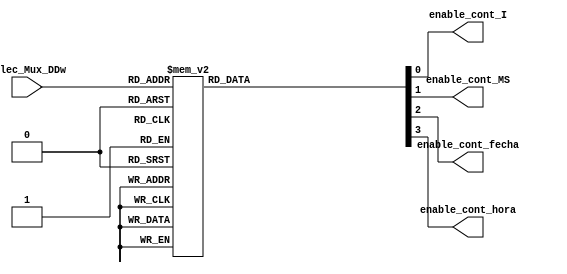
`timescale 1ns / 1ps
//////////////////////////////////////////////////////////////////////////////////
// Company: Grupo4
// Module Name: E_Bloques_Datos
//////////////////////////////////////////////////////////////////////////////////



module E_Bloques_Datos(
    // Salidas General
    output wire enable_cont_I,          // Enables para la ruta de datos, del modulo de inicializacion, fecha, hora, etc.  
    output wire enable_cont_MS,
    output wire enable_cont_fecha,
    output wire enable_cont_hora,
    
    // Entradas inter-modular (de la ruta de control)
    input wire [3:0] Selec_Mux_DDw 
    );
    
    
    
    //---INICIALIZACION/DEFINICION DE VARIABLES---
    reg enable_cont_Ir;     
    reg enable_cont_MSr;
    reg enable_cont_fechar;
    reg enable_cont_horar;  
    assign enable_cont_I = enable_cont_Ir; 
    assign enable_cont_MS = enable_cont_MSr;
    assign enable_cont_fecha = enable_cont_fechar;
    assign enable_cont_hora = enable_cont_horar;
    
    
    
    //---LOGICA DE LOS ENABLES DE LOS BLOQUES DE DATOS---
    always @(*)
    begin
        case (Selec_Mux_DDw)                    // Dependiendo del valor de la seleccion del mux, o sea dependiendo
            4'b0000:                            // de lo que se quiera sacar (segundos de la hora por ejemplo) se
            begin                               // analiza que bloque se debe estar activado (modulo de hora por ejemplo)
                enable_cont_Ir = 1'b1; 
                enable_cont_MSr = 1'b0;
                enable_cont_fechar = 1'b0;
                enable_cont_horar = 1'b0;
            end
            4'b0001:
            begin
                enable_cont_Ir = 1'b0; 
                enable_cont_MSr = 1'b1;
                enable_cont_fechar = 1'b0;
                enable_cont_horar = 1'b0;
            end
            4'b0010:
            begin
                enable_cont_Ir = 1'b0; 
                enable_cont_MSr = 1'b0;
                enable_cont_fechar = 1'b0;
                enable_cont_horar = 1'b0;
            end
            4'b0011:
            begin
                enable_cont_Ir = 1'b0; 
                enable_cont_MSr = 1'b0;
                enable_cont_fechar = 1'b1;
                enable_cont_horar = 1'b0;
            end
            4'b0100:
            begin
                enable_cont_Ir = 1'b0; 
                enable_cont_MSr = 1'b0;
                enable_cont_fechar = 1'b1;
                enable_cont_horar = 1'b0;
            end
            4'b0101:
            begin
                enable_cont_Ir = 1'b0; 
                enable_cont_MSr = 1'b0;
                enable_cont_fechar = 1'b1;
                enable_cont_horar = 1'b0;
            end
            4'b0110:
            begin
                enable_cont_Ir = 1'b0; 
                enable_cont_MSr = 1'b0;
                enable_cont_fechar = 1'b0;
                enable_cont_horar = 1'b1;
            end
            4'b0111:
            begin
                enable_cont_Ir = 1'b0; 
                enable_cont_MSr = 1'b0;
                enable_cont_fechar = 1'b0;
                enable_cont_horar = 1'b1;
            end
            4'b1000:
            begin
                enable_cont_Ir = 1'b0; 
                enable_cont_MSr = 1'b0;
                enable_cont_fechar = 1'b0;
                enable_cont_horar = 1'b1;
            end
            default:
            begin
               enable_cont_Ir = 1'b0; 
               enable_cont_MSr = 1'b0;
               enable_cont_fechar = 1'b0;
               enable_cont_horar = 1'b0;
            end
        endcase
    end
    endmodule